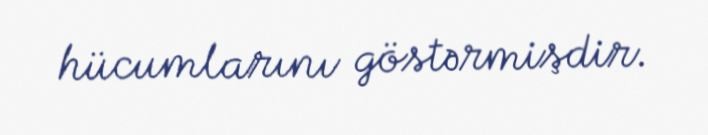
hücumlarını göstərmişdir.